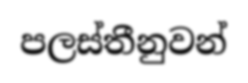
පලස්තීනුවන්